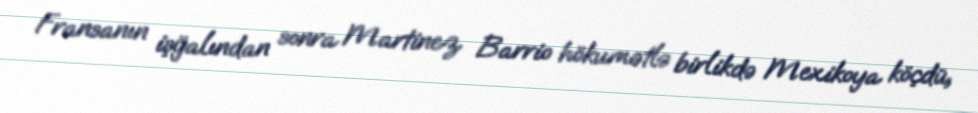
Fransanın işğalından sonra Martinez Barrio hökumətlə birlikdə Mexikoya köçdü,